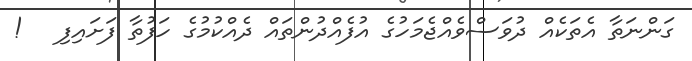
ގަންނަތާ އެތަކެއް ދުވަސްވެއްޖެމަހުގެ އުފެއްދުންތައް ދެއްކުމުގެ ހަފުތާ ފަށައިފި   !